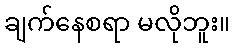
ချက်နေစရာ မလိုဘူး။